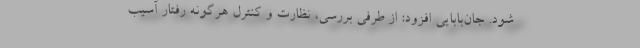
شود. جان‌بابایی افزود: از طرفی بررسی، نظارت و کنترل هرگونه رفتار آسیب